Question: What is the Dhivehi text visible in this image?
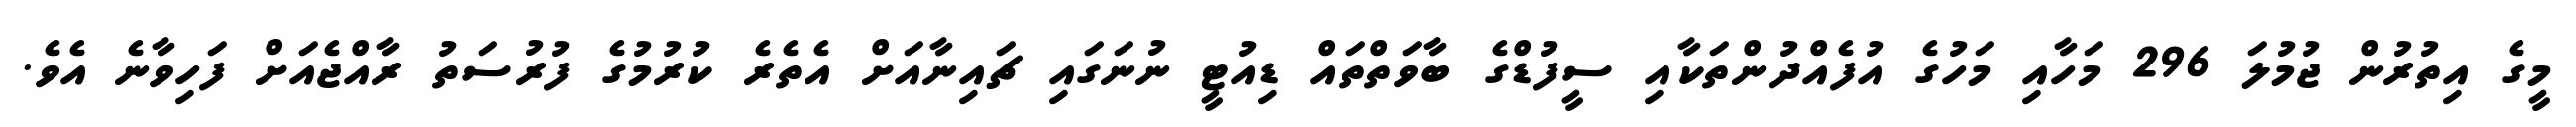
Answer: މީގެ އިތުރުން ޖުމުލަ 296 މަހާއި މަހުގެ އުފެއްދުންތަކާއި ސީފުޑްގެ ބާވަތްތައް ޑިއުޓީ ނުނަގައި ޗައިނާއަށް އެތެރެ ކުރުމުގެ ފުރުސަތު ރާއްޖެއަށް ފަހިވާނެ އެވެ.